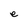
Character: e